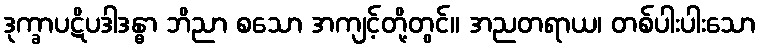
ဒုက္ခာပဋိပဒါဒန္ဓာ ဘိညာ စသော အကျင့်တို့တွင်။ အညတရာယ၊ တစ်ပါးပါးသော